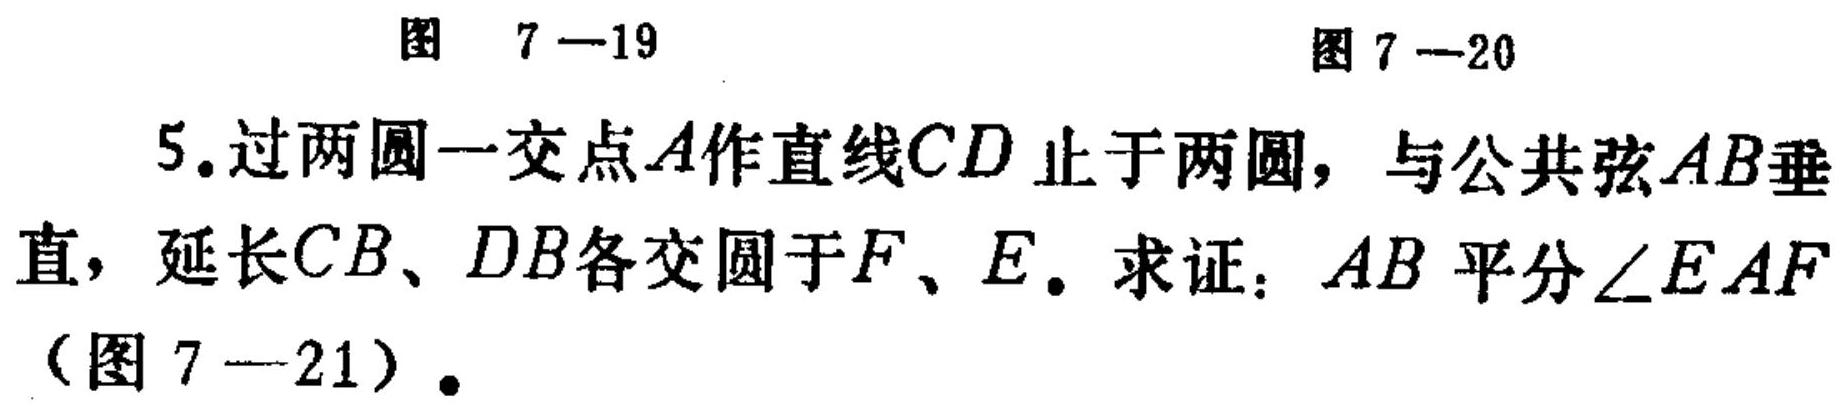
图 7—19 图 7—20
5. 过两圆一交点$A$作直线$CD$止于两圆，与公共弦$AB$垂直，延长$CB$、$DB$各交圆于$F$、$E$. 求证：$AB$平分$\angle EAF$（图 7—21）.